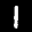
Label: 1